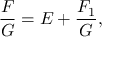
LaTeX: { \frac { F } { G } } = E + { \frac { F _ { 1 } } { G } } ,